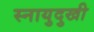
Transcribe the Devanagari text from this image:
स्नायुदुखी